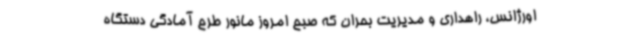
اورژانس، راهداری و مدیریت بحران که صبح امروز مانور طرح آمادگی دستگاه